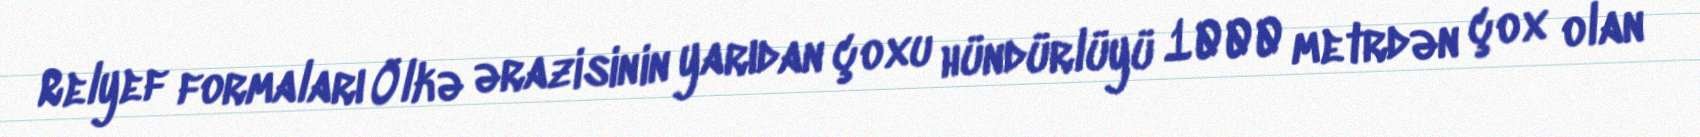
Relyef formaları Ölkə ərazisinin yarıdan çoxu hündürlüyü 1000 metrdən çox olan